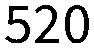
520